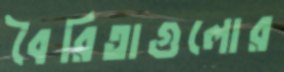
বৈরিতাগুলোর